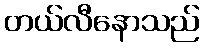
တယ်လီနောသည်